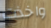
واخذت